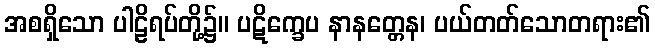
အစရှိသော ပါဠိရပ်တို့၌။ ပဋိက္ခေပ နာနတ္တေန၊ ပယ်တတ်သောတရား၏